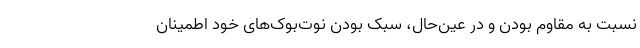
نسبت به مقاوم بودن و در عین‌حال، سبک بودن نوت‌بوک‌های خود اطمینان